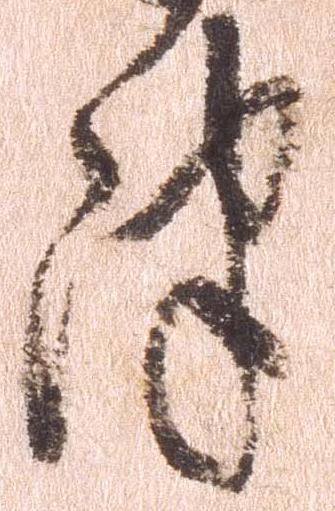
津